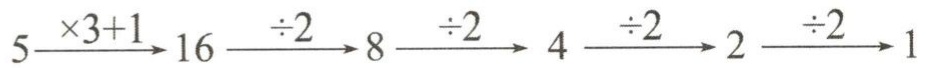
\(5\xrightarrow[]{\times3 + 1}16\xrightarrow[]{\div2}8\xrightarrow[]{\div2}4\xrightarrow[]{\div2}2\xrightarrow[]{\div2}1\)